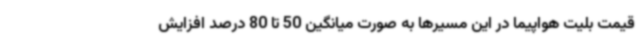
قیمت بلیت هواپیما در این مسیرها به صورت میانگین 50 تا 80 درصد افزایش